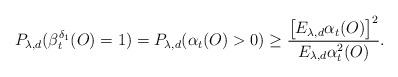
LaTeX: \begin{align*}P_{\lambda,d}(\beta^{\delta_1}_t(O)=1)=P_{\lambda,d}(\alpha_t(O)>0)\geq\frac{\big[E_{\lambda,d}\alpha_t(O)\big]^2}{E_{\lambda,d}\alpha_t^2(O)}.\end{align*}